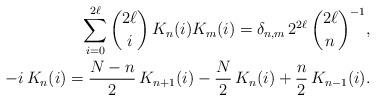
LaTeX: \begin{align*} \sum_{i=0}^{2\ell} \binom{2\ell}{i} \,K_n(i)K_m(i)=\delta_{n,m}\, 2^{2\ell} \, \binom{2\ell}{n}^{-1},\\ -i\, K_n(i) = \frac{N-n}{2} \, K_{n+1}(i) - \frac{N}{2}\, K_n(i) +\frac{n}{2} \, K_{n-1}(i).\end{align*}